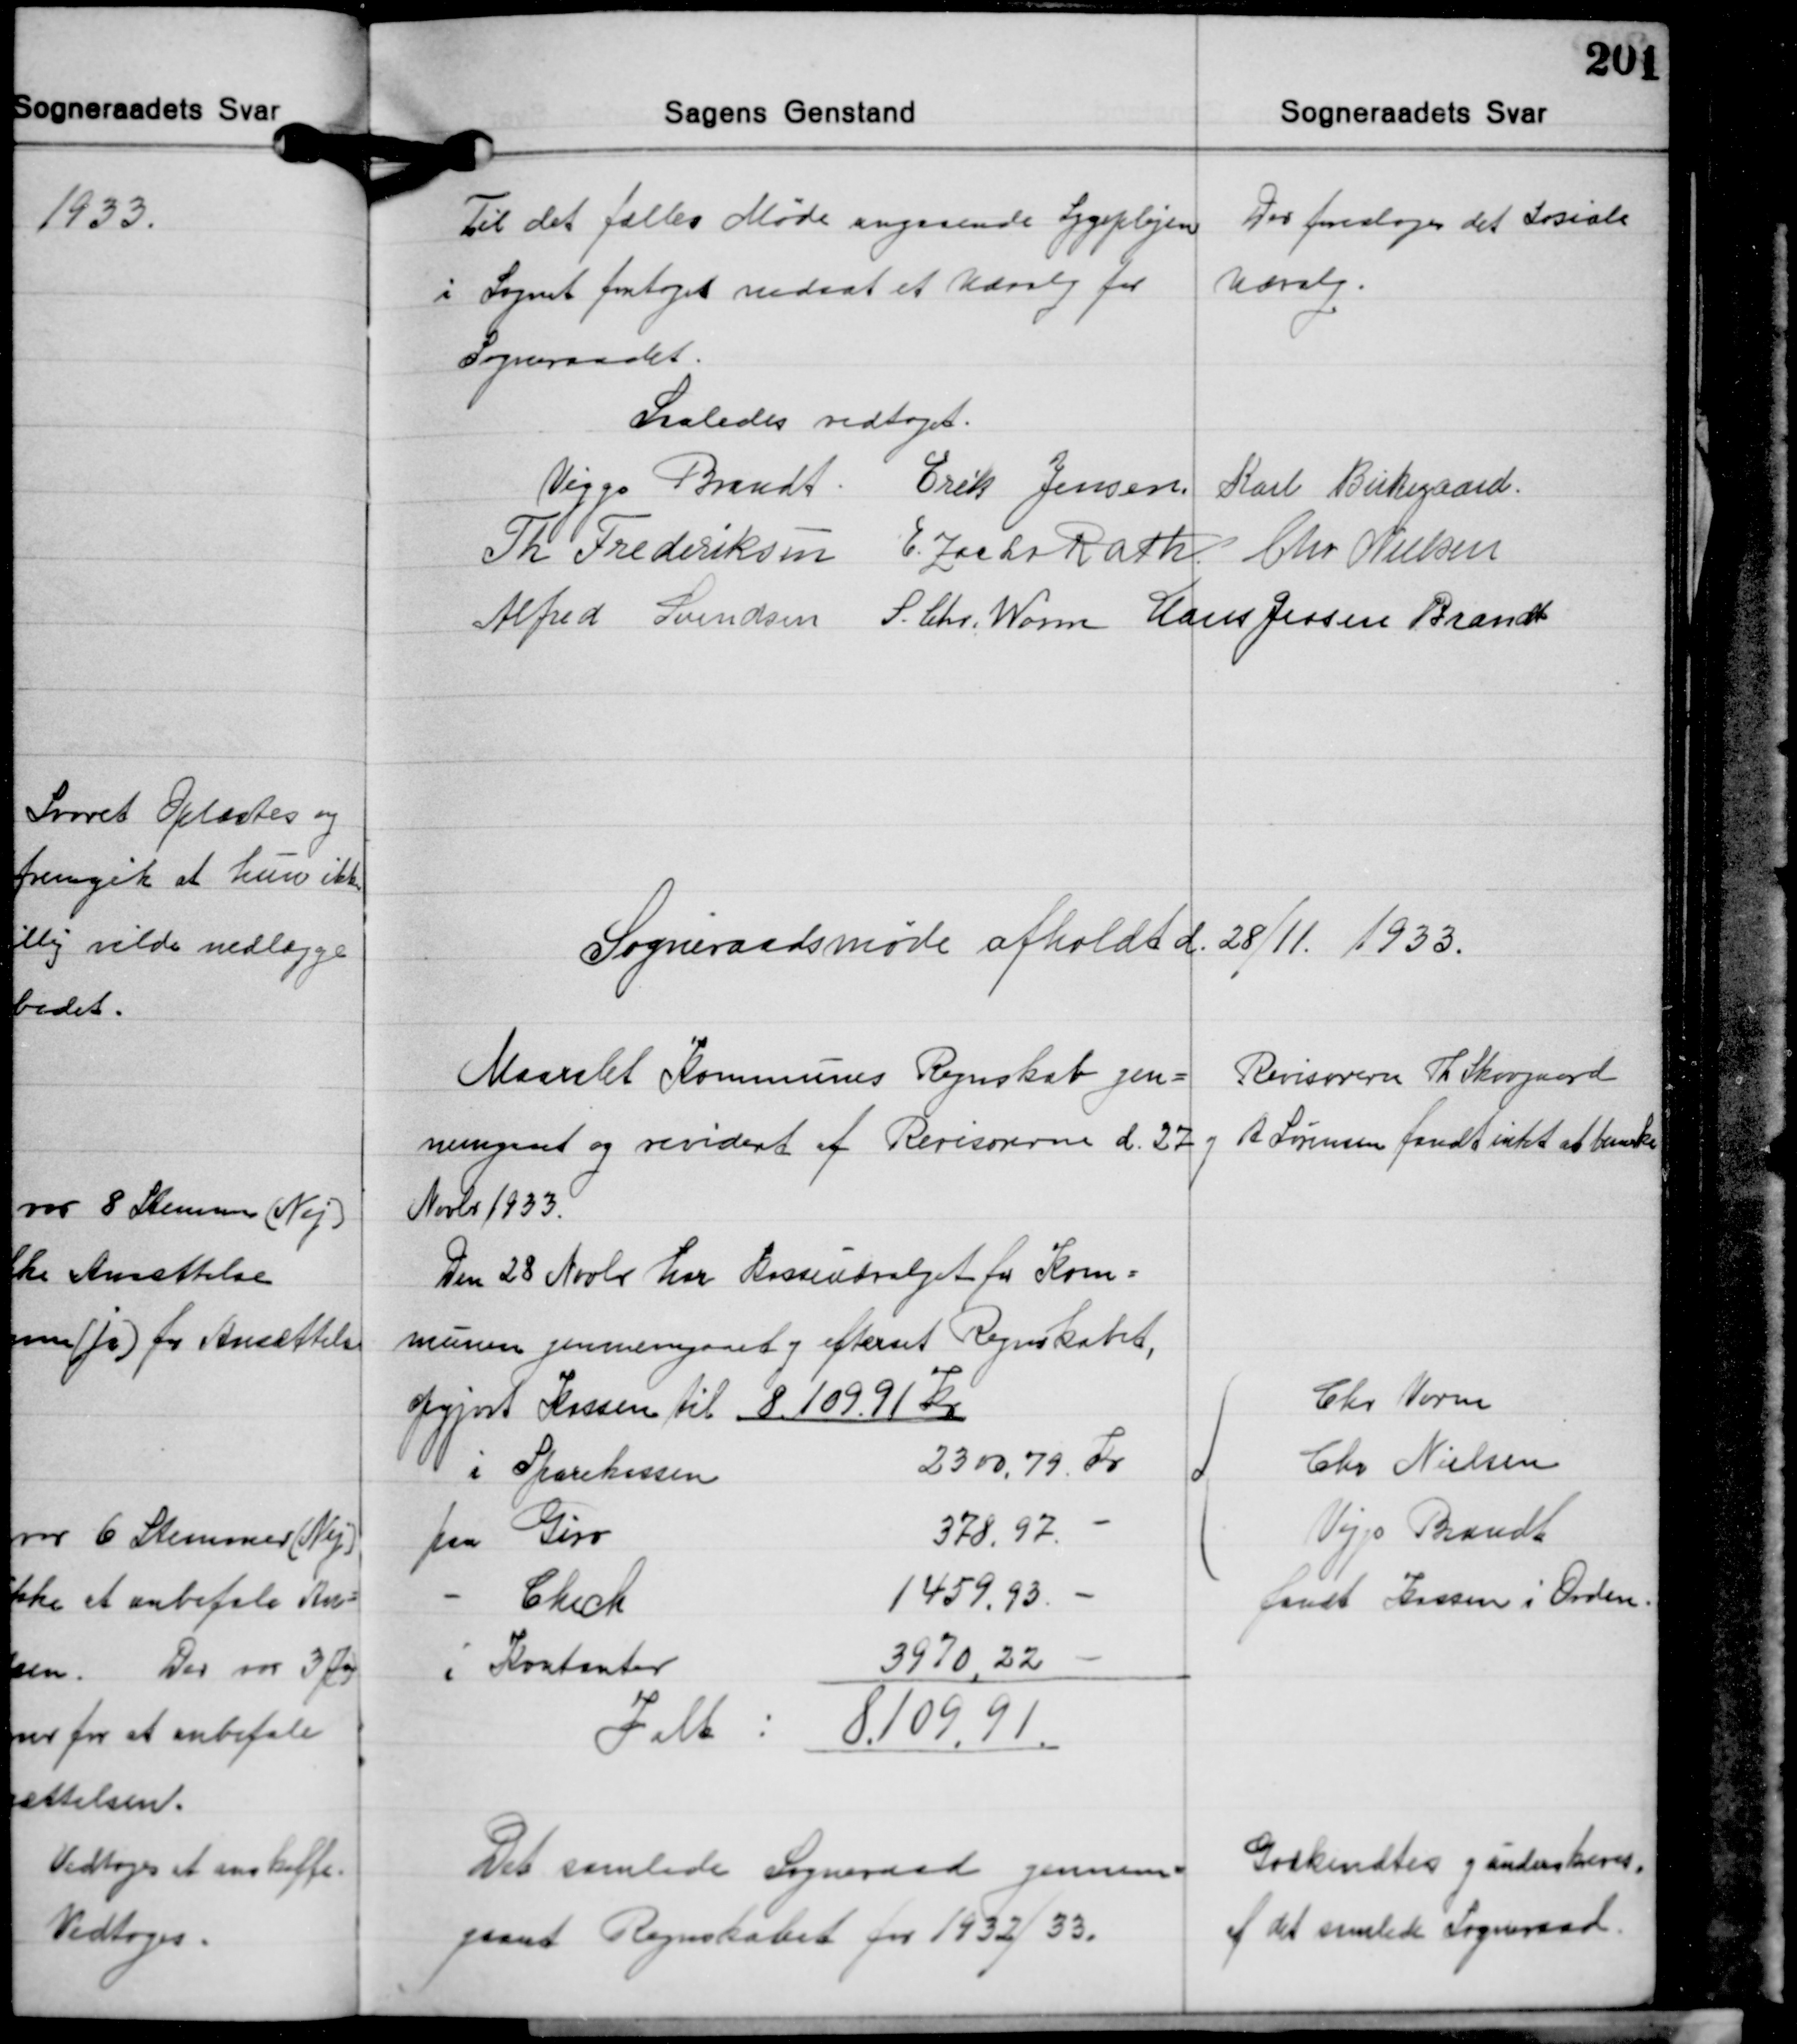
Transskription:
Til det fælles Møde angaaende Sygeplejen
i Sognet foresloges nedsat et Udvalg for
Sogneraadet.

Der foresloges det Sociale
Udvalg.

saaledes vedtaget.
Viggo Brandt Erik Jensen Karl Birkegaard
Th. Frederiksen E. Zacho Rath Chr. Nielsen
Alfred Knndsen S. Chr. Worm Hans Jessen Brandt

Sogneraadsmøde afholdt d. 28/11 1933.

Maarslet Kommunes Regnskab gen-
nemgaaet og revideret af Revisorerne d. 27
Novbr. 1933
Den 28 Novbr. har Kasseudvalget for Kom-
munen gennemgaaet og efterset Regnskabet,
opgjort Kassen til 8.109,91 Kr.
i Sparekassen 2300,79 Kr.
paa Giro 378,97 -
-Check 1459,93 -
i Kontanter 3970,22 -
Ialt: 8.109,91

Revisorerne Th. Skovgaard
og A. Sørensen fandt intet at bemærke

Chr. Vorm
Chr. Nielsen
Viggoo Brandt
fandt Kassen i Orden.

Det samlede Sogneraad gennem-
gaant Regnskabet for 1932/33.

Godkendtes og underskreves
af det samlede Sogneraad.